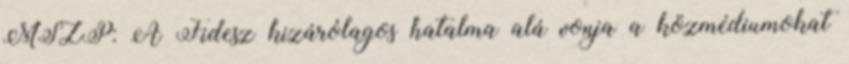
MSZP: A Fidesz kizárólagos hatalma alá vonja a közmédiumokat